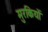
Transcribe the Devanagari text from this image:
मुरकियों